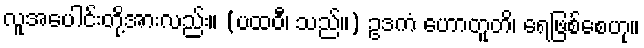
လူအပေါင်းတို့အားလည်း။ (ပထဝီ၊ သည်။) ဥဒကံ ဟောတူတိ၊ ရေဖြစ်စေဟု။